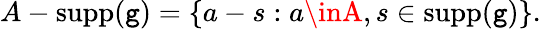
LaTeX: A-\operatorname{supp}(\mathtt{g})=\{ a-s:a\inA,s\in\operatorname{supp}(\mathtt{g})\} .